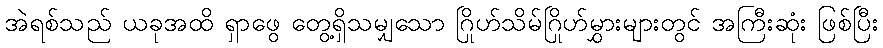
အဲရစ်သည် ယခုအထိ ရှာဖွေ တွေ့ရှိသမျှသော ဂြိုဟ်သိမ်ဂြိုဟ်မွှားများတွင် အကြီးဆုံး ဖြစ်ပြီး